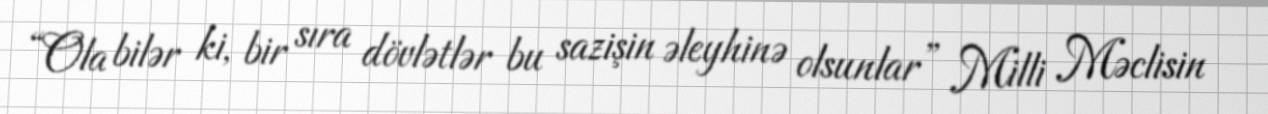
“Ola bilər ki, bir sıra dövlətlər bu sazişin əleyhinə olsunlar” Milli Məclisin